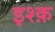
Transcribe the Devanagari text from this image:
इश्‍क़